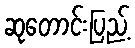
ဆုတောင်းပြည့်